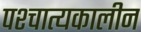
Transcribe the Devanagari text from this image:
पश्चात्यकालीन